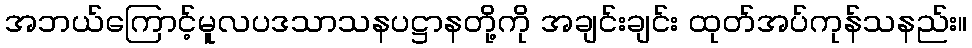
အဘယ်ကြောင့်မူလပဒသာသနပဋ္ဌာနတို့ကို အချင်းချင်း ထုတ်အပ်ကုန်သနည်း။